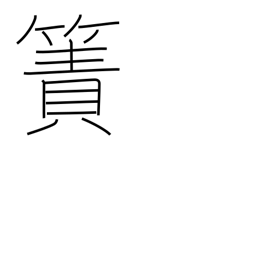
Meaning: rough mat (reeds)